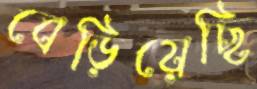
বেড়িয়েছি